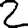
Digit: 2